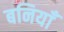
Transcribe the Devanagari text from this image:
बनियाँ